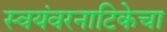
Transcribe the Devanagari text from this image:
स्वयंवरनाटिकेचा